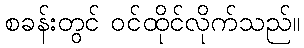
စခန်းတွင် ဝင်ထိုင်လိုက်သည်။